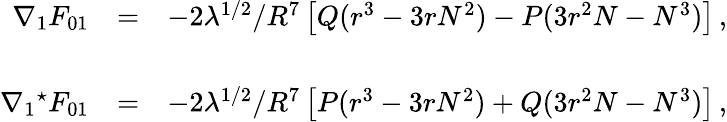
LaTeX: \begin{array}{rcl}{{\nabla_{1}F_{01}}}&{{=}}&{{-2\lambda^{1/2}/R^{7}\left[Q(r^{3}-3rN^{2})-P(3r^{2}N-N^{3})\right]\, ,}}\\ {{}}&{{}}&{{}}\\ {{\nabla_{1}{}^{\star}F_{01}}}&{{=}}&{{-2\lambda^{1/2}/R^{7}\left[P(r^{3}-3rN^{2})+Q(3r^{2}N-N^{3})\right]\, ,}}\end{array}